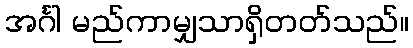
အင်္ဂါ မည်ကာမျှသာရှိတတ်သည်။